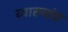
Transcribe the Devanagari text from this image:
व्याख्यांए